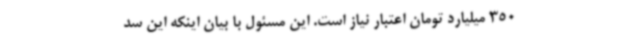
350 میلیارد تومان اعتبار نیاز است. این مسئول با بیان اینکه این سد